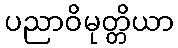
ပညာဝိမုတ္တိယာ